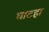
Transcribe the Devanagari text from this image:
घाटहा